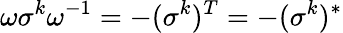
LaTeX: \omega\sigma^{k}\omega^{-1}=-(\sigma^{k})^{T}=-(\sigma^{k})^{*}